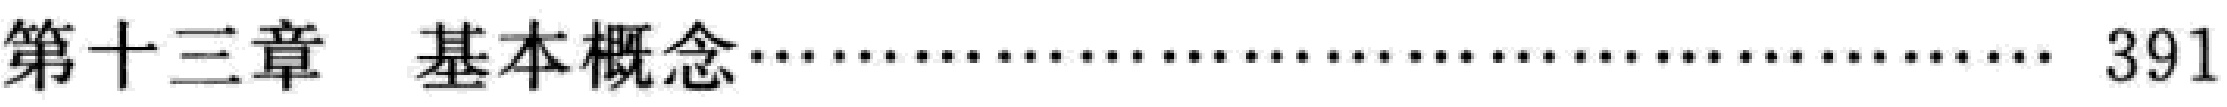
第十三章 基本概念………………………………………… 391